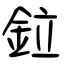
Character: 鉝